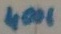
Text: 4001